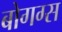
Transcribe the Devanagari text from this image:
बोगग्स